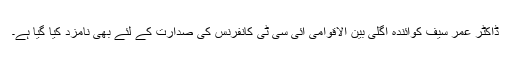
ڈاکٹر عمر سیف کوآئندہ اگلی بین الاقوامی آئی سی ٹی کانفرنس کی صدارت کے لئے بھی نامزد کیا گیا ہے۔